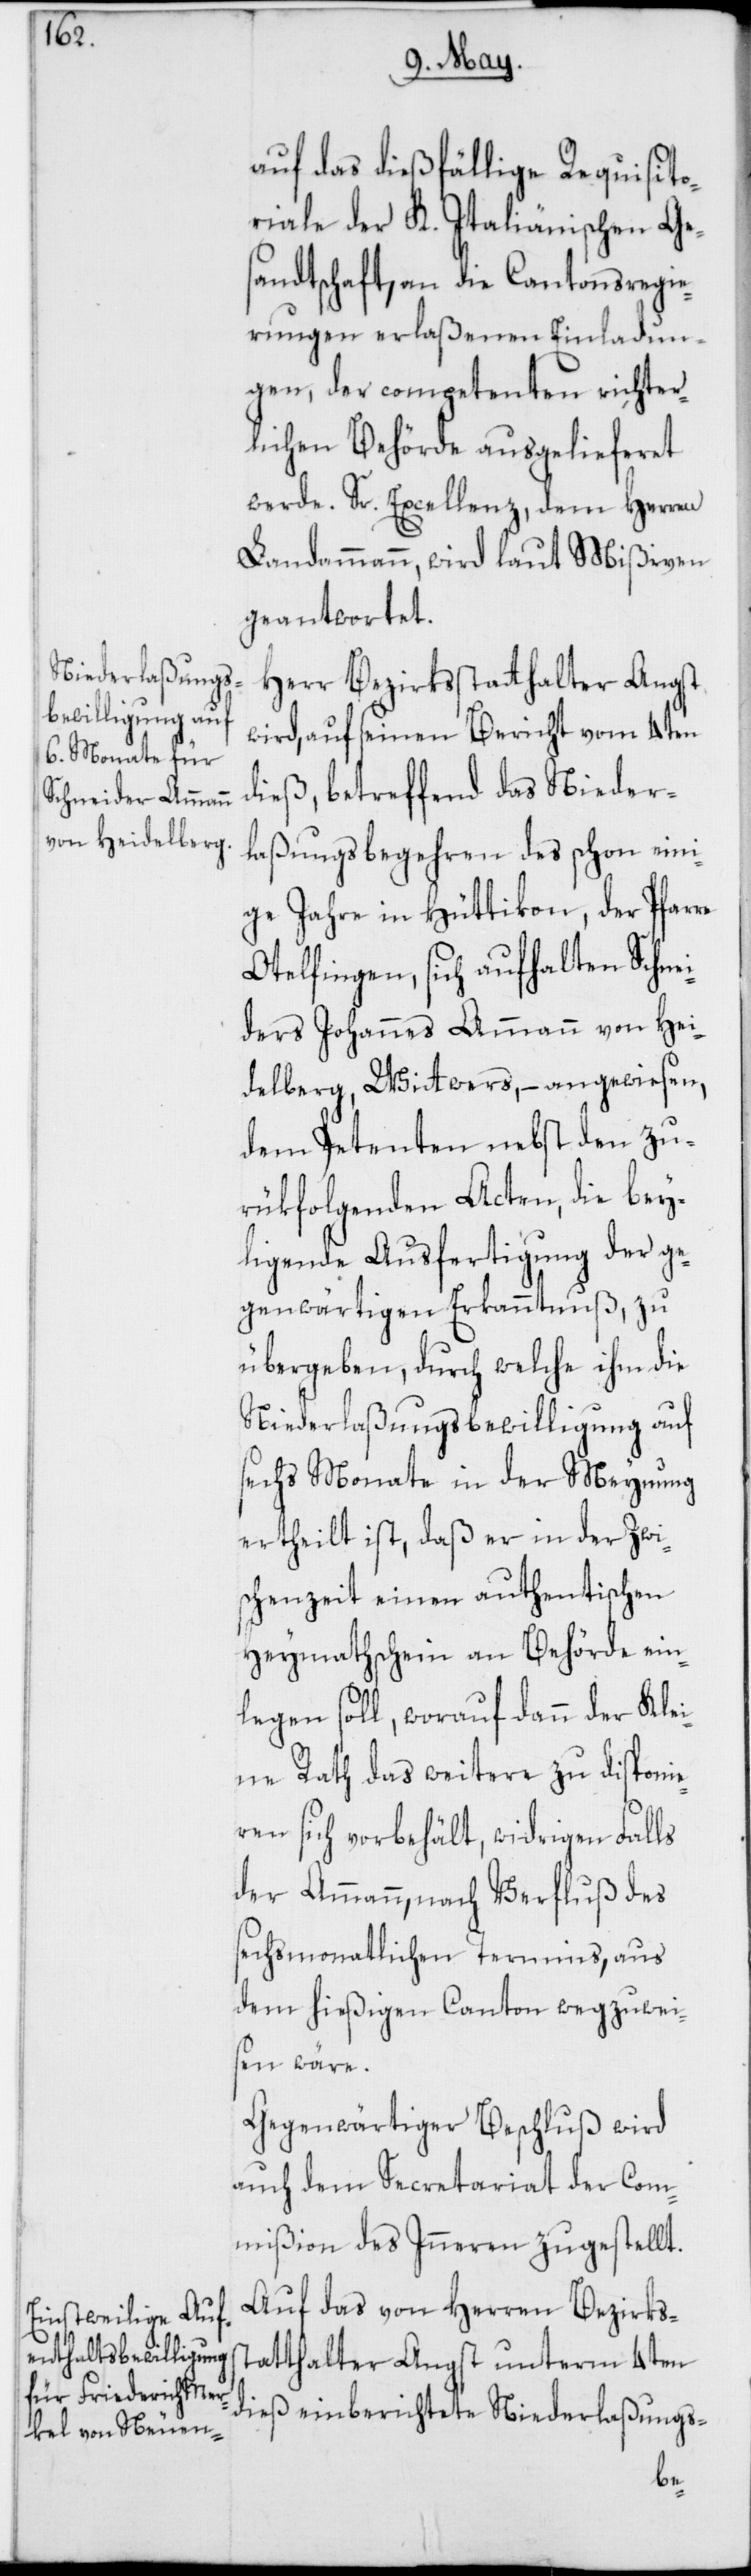
auf das dießfällige Requisito¬
riale der K. Italiänischen Ges¬
andtschaft, an die Cantonsregie¬
rungen erlaßenen Einladun¬
gen, der competenten richter¬
lichen Behörde ausgelieferet
werde. Sr. Excellenz, dem Herren
Landammann, wird laut Mißiven
geantwortet.
Herr Bezirksstatthalter Angst
wird, auf seinen Bericht vom 4ten
dieß, betreffend das Nieder¬
laßungsbegehren des schon eini¬
ge Jahre in Hüttikon, der Pfarre
Otelfingen, sich aufhaltenden Sc¬
iders Johannes Ammann von Hei¬
delberg, Witwers, – angewiesen,
dem Petenten nebst den zu¬
rükfolgenden Acten, die bey¬
ligende Ausfertigung der ge¬
genwärtigen Erkanntnuß, zu
übergeben, durch welche ihm die
Niederlaßungsbewilligung auf
sechs Monate in der Meynung
ertheilt ist, daß er in der Zwi¬
schenzeit einen authentischen
Heymathschein an Behörde ein¬
legen soll, worauf dann der Klei¬
ne Rath das weitere zu disponie¬
ren sich vorbehält, widrigen Falls
der Ammann, nach Verfluß des
sechsmonatlichen Termins, aus
dem hießigen Canton wegzuweis¬
en wäre.
Gegenwärtiger Beschluß wird
auch dem Secretariat der Com¬
mißion des Inneren zugestellt.
Auf das von Herren Bezirkss¬
tatthalter Angst unterm 4ten
dieß einberichtete Niederlaßungs-
hne¬